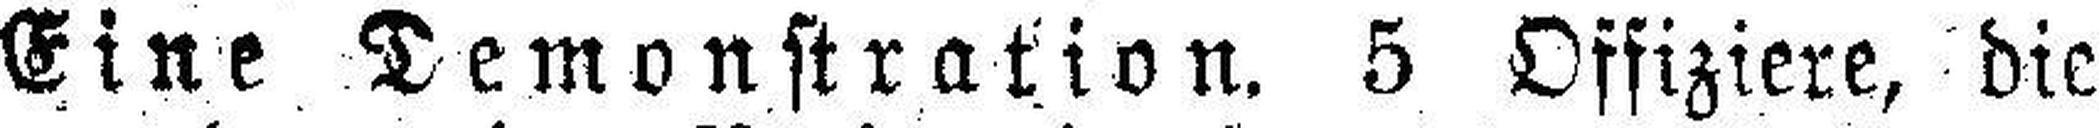
Eine Demonstration. 5 Offiziere, die